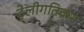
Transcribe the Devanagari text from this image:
टेलीगतिक्रम